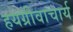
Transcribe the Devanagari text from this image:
हयग्रीवाचार्य